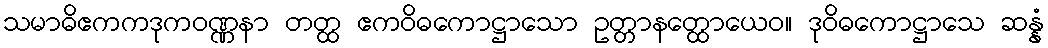
သမာဓိဧကကဒုကဝဏ္ဏနာ တတ္ထ ဧကဝိဓကောဋ္ဌာသော ဥတ္တာနတ္ထောယေဝ။ ဒုဝိဓကောဋ္ဌာသေ ဆန္နံ